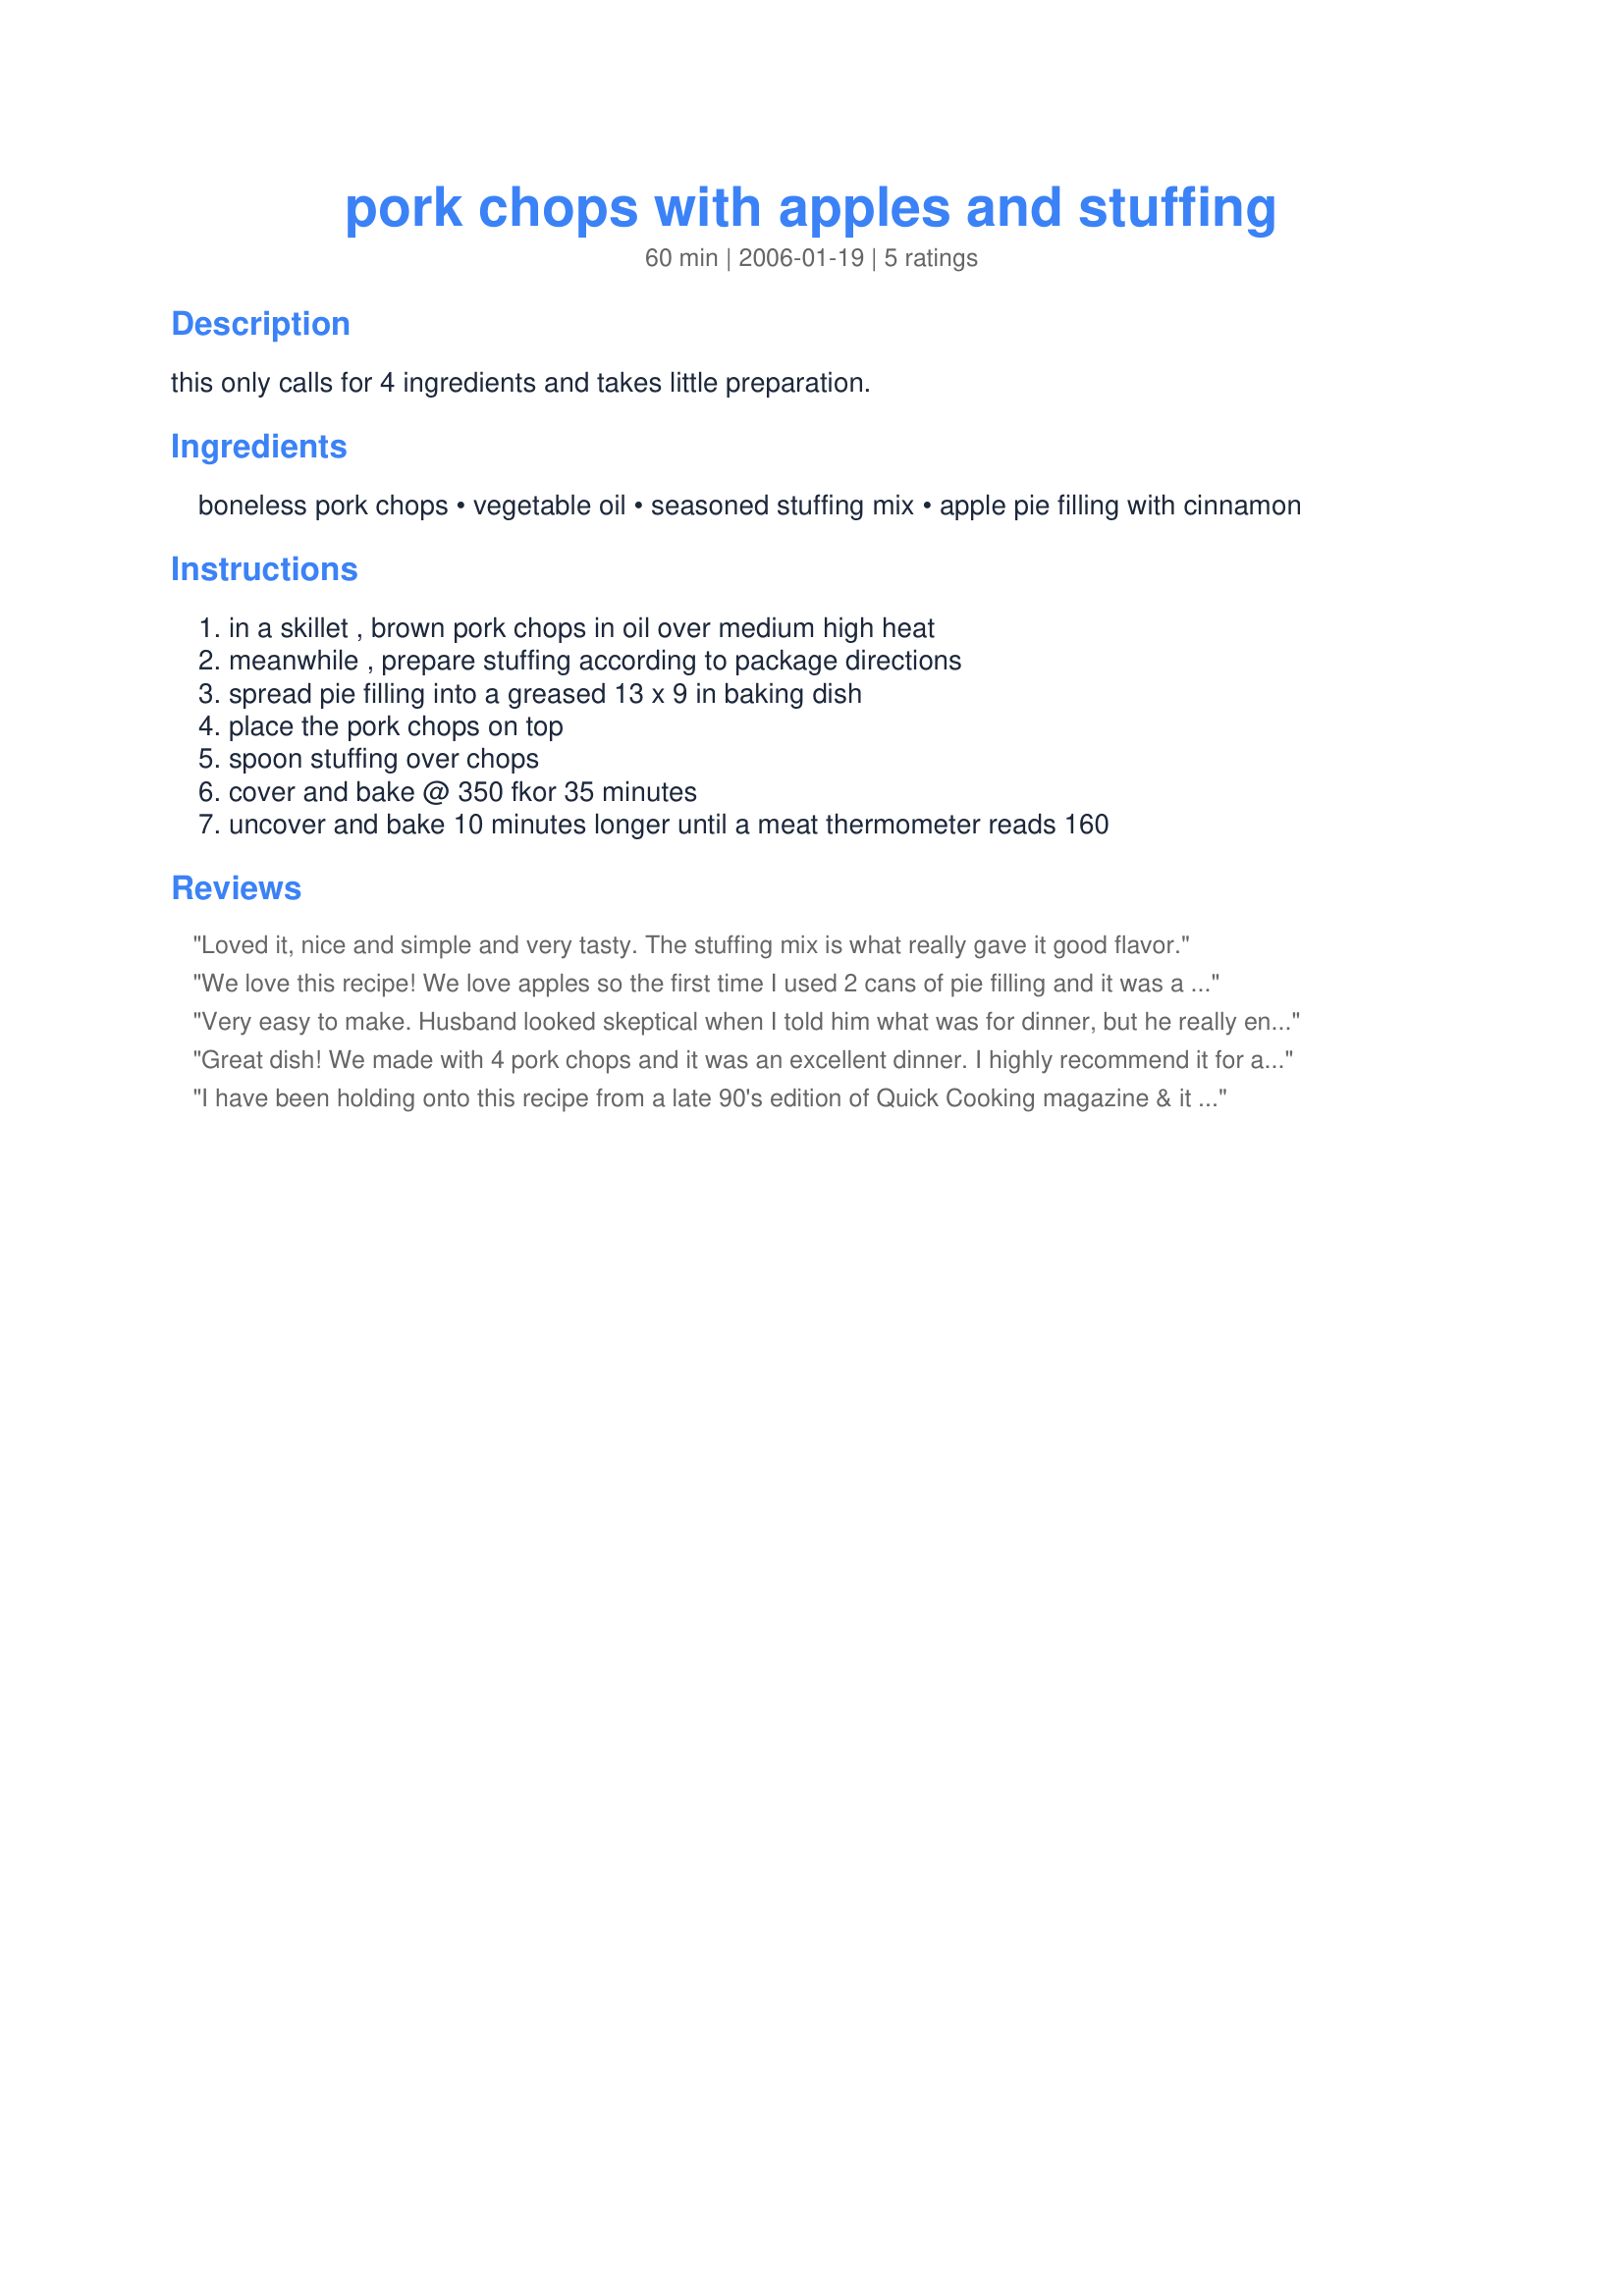
pork chops with apples and stuffing
Preparation time: 60 minutes

this only calls for 4 ingredients and takes little preparation.

Ingredients:
boneless pork chops, vegetable oil, seasoned stuffing mix, apple pie filling with cinnamon

Steps:
in a skillet , brown pork chops in oil over medium high heat, meanwhile , prepare stuffing according to package directions, spread pie filling into a greased 13 x 9 in baking dish, place the pork chops on top, spoon stuffing over chops, cover and bake @ 350 fkor 35 minutes, uncover and bake 10 minutes longer until a meat thermometer reads 160

Reviews:
Loved it, nice and simple and very tasty. The stuffing mix is what really gave it good flavor.
We love this recipe! We love apples so the first time I used 2 cans of pie filling and it was a little too sweet. I couldn't find unsweetened apples, so last night I rinsed one of the cans and it was perfect! Thanks for posting LMillerRN!
Very easy to make. Husband looked skeptical when I told him what was for dinner, but he really enjoyed it and said it was a keeper!
Great dish! We made with 4 pork chops and it was an excellent dinner. I highly recommend it for a nice fall evening..
I have been holding onto this recipe from a late 90's edition of Quick Cooking magazine & it is an excellent recipe. I made it tonight with homemade OAMC apple pie filling, chicken Stove Top stuffing & 4 pork chops. I can't believe I hadn't tried it yet in all these years! It's going to be a go-to recipe for busy or late nights. The pork is very tender & the spices in the stuffing compliment the apple pie filling without over-powering. It was cooked thoroughly in the 45 minutes stated. Thanks for posting it, LMillerRN!
